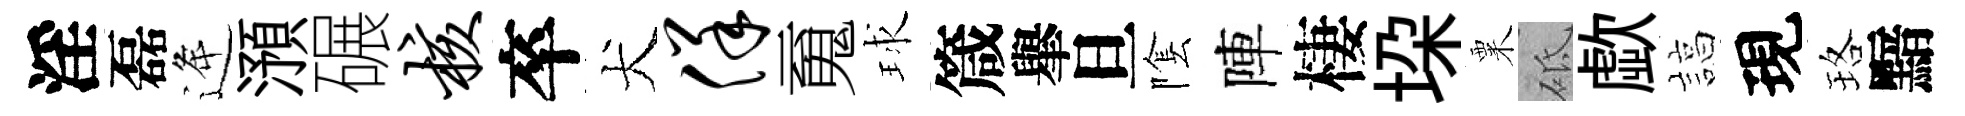
淫磊逄澦碾核卒犬佯䰟球箴𦦙旦隂陣棲垜粟砥歔諄現珞黯